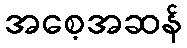
အစေ့အဆန်